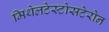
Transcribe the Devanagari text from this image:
मिथेलटेस्टोसटेरोन